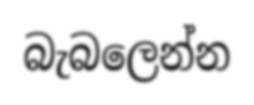
බැබලෙන්න